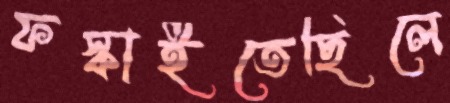
ফস্‌কাইতেছিলে